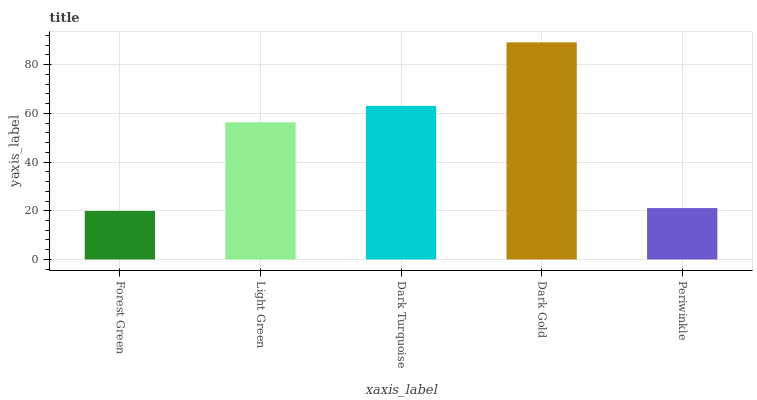
| xaxis_label | bars |
 | --- | --- |
 | Forest Green | 19.9 |
 | Light Green | 56.3 |
 | Dark Turquoise | 63.1 |
 | Dark Gold | 89.2 |
 | Periwinkle | 21.1 |